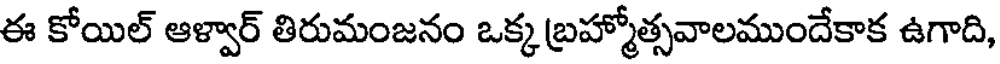
ఈ కోయిల్ ఆళ్వార్ తిరుమంజనం ఒక్క బ్రహ్మోత్సవాలముందేకాక ఉగాది,